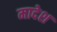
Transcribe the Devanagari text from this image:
मादेश